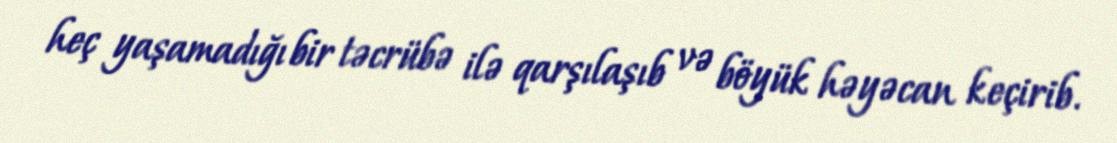
heç yaşamadığı bir təcrübə ilə qarşılaşıb və böyük həyəcan keçirib.